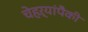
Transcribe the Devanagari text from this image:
चेहऱ्यांपैकी